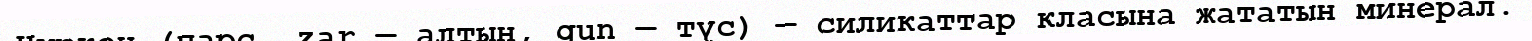
Циркон (парс. zar — алтын, gun — түс) — силикаттар класына жататын минерал.